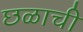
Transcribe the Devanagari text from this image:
छळाची